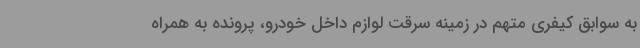
به سوابق کیفری متهم در زمینه سرقت لوازم داخل خودرو، پرونده به همراه